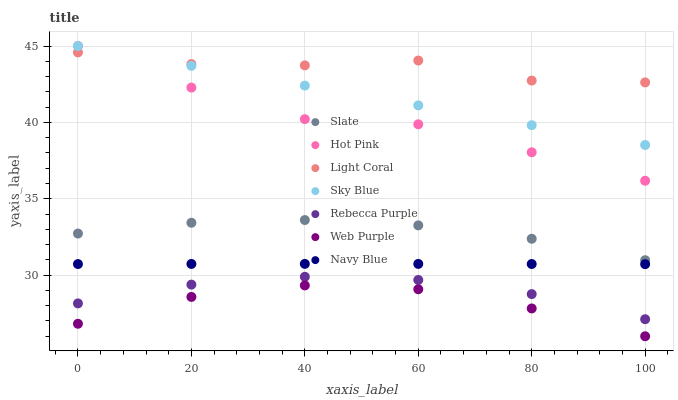
| xaxis_label | Slate | Hot Pink | Light Coral | Sky Blue | Rebecca Purple | Web Purple | Navy Blue |
 | --- | --- | --- | --- | --- | --- | --- | --- |
 | 0 | 32.7 | 45 | 44.6 | 45 | 28.2 | 26.8 | 30.7 |
 | 20 | 33.4 | 42.3 | 43.8 | 43.7 | 29.4 | 28.6 | 30.7 |
 | 40 | 33.6 | 40.2 | 43.7 | 42.4 | 29.9 | 29.3 | 30.7 |
 | 60 | 33.3 | 39.9 | 44 | 41.1 | 29.7 | 29.1 | 30.7 |
 | 80 | 32.4 | 38 | 42.7 | 39.8 | 28.8 | 27.8 | 30.7 |
 | 100 | 31 | 36.2 | 42.6 | 38.5 | 27.1 | 26 | 30.7 |